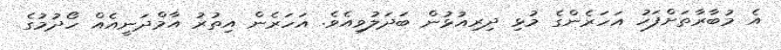
އެ މުބާރާތަށްފަހު އަހަރެންގެ މުޅި ދިރިއުޅުން ބަދަލުވިއެވެ. އަހަރެން އިތުރު އާމްދަނީއެއް ހޯދުމުގެ